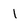
Character: 1